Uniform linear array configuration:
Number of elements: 32
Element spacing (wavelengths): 1
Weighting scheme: kaiser
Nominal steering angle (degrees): -30
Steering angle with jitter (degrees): -31.901
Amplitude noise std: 0.05
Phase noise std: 0.05

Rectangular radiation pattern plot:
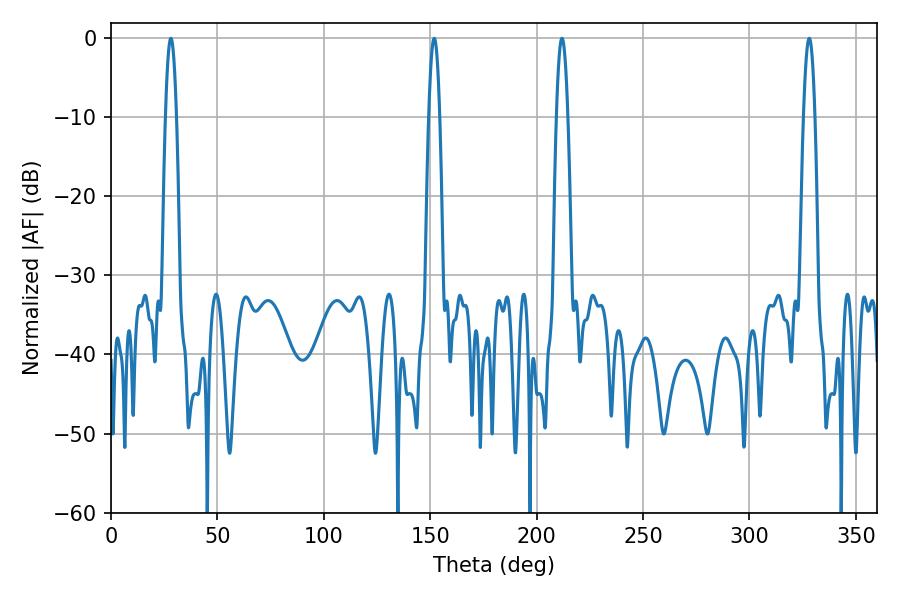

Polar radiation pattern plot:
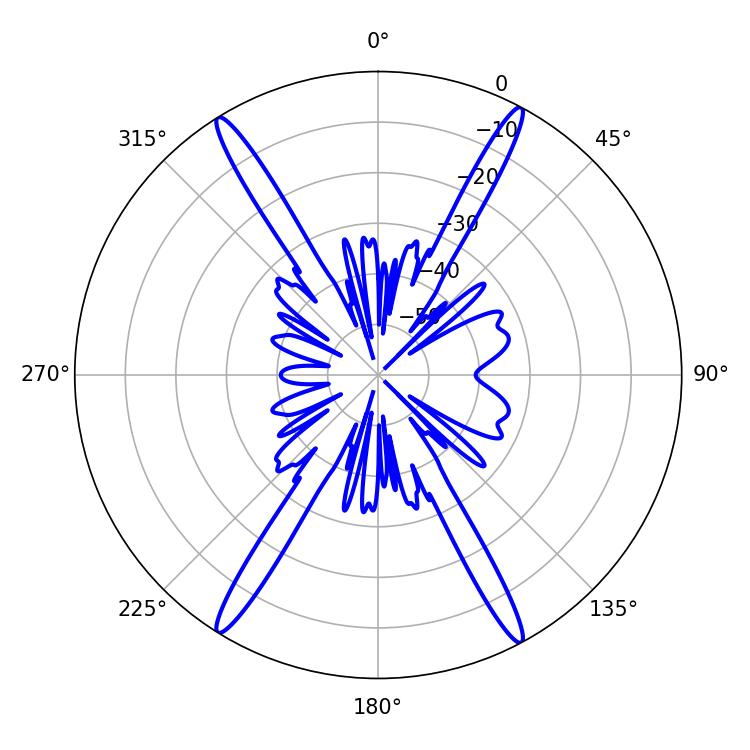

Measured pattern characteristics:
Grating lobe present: TRUE
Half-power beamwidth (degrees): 2.7
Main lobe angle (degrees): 28.08